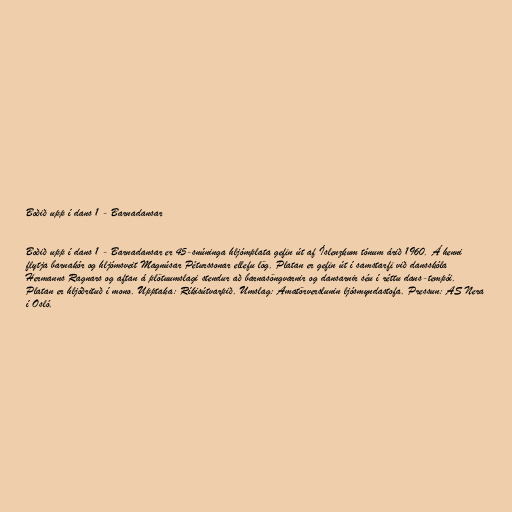
Boðið upp í dans 1 - Barnadansar

Boðið upp í dans 1 - Barnadansar er 45-snúninga hljómplata gefin út af Íslenzkum tónum árið 1960. Á henni
flytja barnakór og hljómsveit Magnúsar Péturssonar ellefu lög. Platan er gefin út í samstarfi við dansskóla
Hermanns Ragnars og aftan á plötuumslagi stendur að barnasöngvarnir og dansarnir séu í réttu dans-tempói.
Platan er hljóðrituð í mono. Upptaka: Ríkisútvarpið. Umslag: Amatörverslunin ljósmyndastofa. Pressun: AS Nera
í Osló.